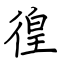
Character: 徨